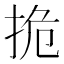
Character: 㧪